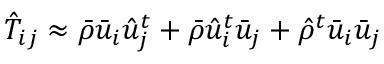
\hat { T } _ { i j } \approx \bar { \rho } \bar { u } _ { i } \hat { u } _ { j } ^ { t } + \bar { \rho } \hat { u } _ { i } ^ { t } \bar { u } _ { j } + \hat { \rho } ^ { t } \bar { u } _ { i } \bar { u } _ { j }